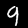
Digit: 9